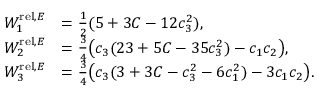
\begin{array} { r l } { W _ { 1 } ^ { \mathrm { r e l } , E } } & { = \frac 1 2 ( 5 + 3 C - 1 2 c _ { 3 } ^ { 2 } ) , } \\ { W _ { 2 } ^ { \mathrm { r e l } , E } } & { = \frac 3 4 \big ( c _ { 3 } ( 2 3 + 5 C - 3 5 c _ { 3 } ^ { 2 } ) - c _ { 1 } c _ { 2 } \big ) , } \\ { W _ { 3 } ^ { \mathrm { r e l } , E } } & { = \frac 3 4 \big ( c _ { 3 } ( 3 + 3 C - c _ { 3 } ^ { 2 } - 6 c _ { 1 } ^ { 2 } ) - 3 c _ { 1 } c _ { 2 } \big ) . } \end{array}